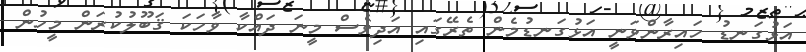
އަޅުގަނޑު ހައިރާންވަނީ އަޅުގަނޑުމެން ތެރޭގައި އަދިވެސް މީނަ ދައްކާ ވާހަކަ ޤަބޫލުކުރަން މީހުން